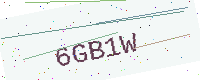
Text: 6GB1W